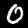
Label: 0